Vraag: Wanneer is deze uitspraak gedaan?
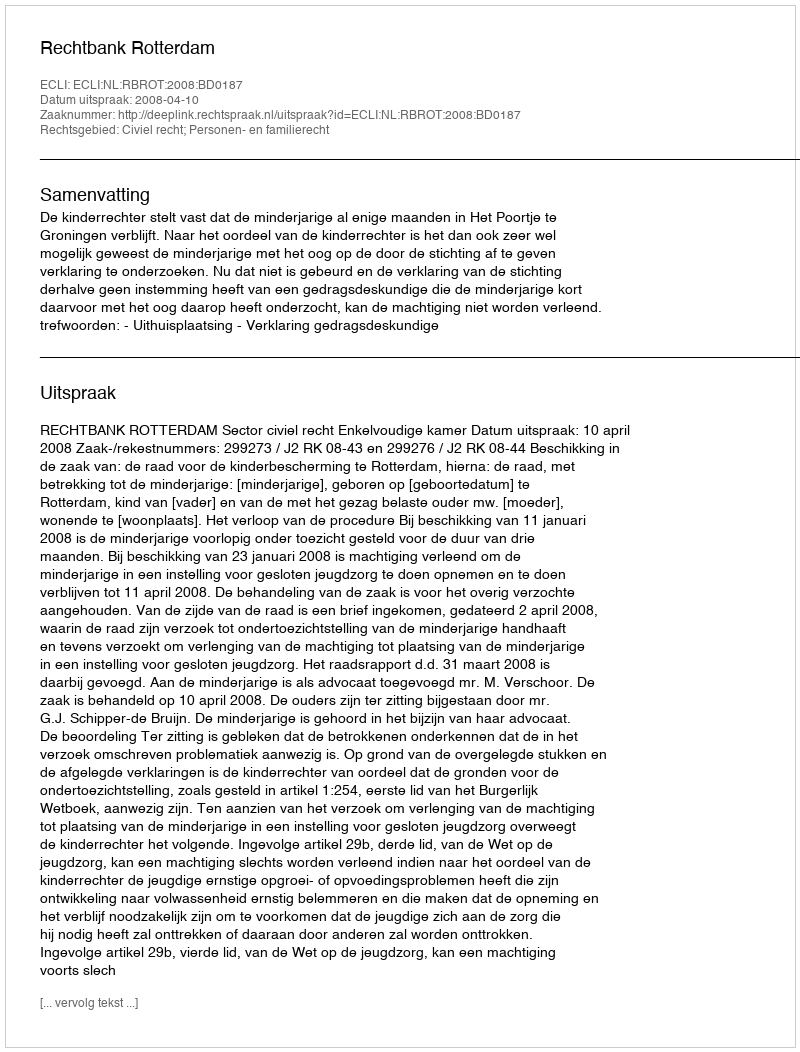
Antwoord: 2008-04-10